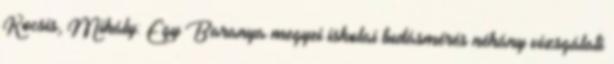
Kocsis, Mihály: Egy Baranya megyei iskolai tudásmérés néhány vizsgálati